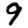
Digit: 9